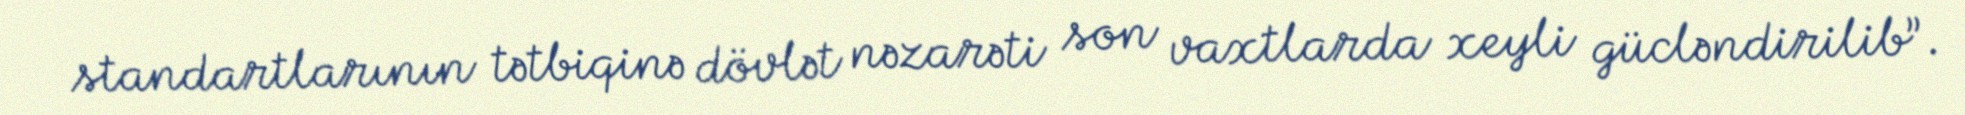
standartlarının tətbiqinə dövlət nəzarəti son vaxtlarda xeyli gücləndirilib”.